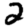
Digit: 2